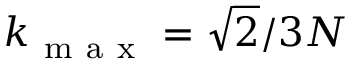
k _ { \mathrm { ~ m ~ a ~ x ~ } } = \sqrt { 2 } / 3 N